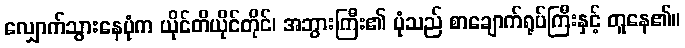
လျှောက်သွားနေပုံက ယိုင်တိယိုင်တိုင်၊ အဘွားကြီး၏ ပုံသည် စာချောက်ရုပ်ကြီးနှင့် တူနေ၏။